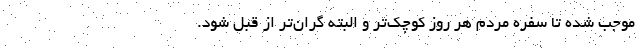
موجب شده تا سفره مردم هر روز کوچک‌تر و البته گران‌تر از قبل شود.